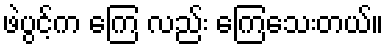
ဖဲပွင့်က ကြေ လည်း ကြေသေးတယ်။